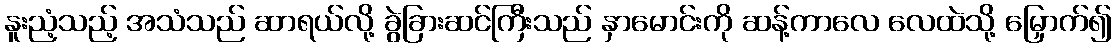
နူးညံ့သည့် အသံသည် ဆာရယ်လို့ ခွဲခြားဆင်ကြီးသည် နှာမောင်းကို ဆန့်ကာလေ လေထဲသို့ မြှောက်၍